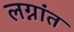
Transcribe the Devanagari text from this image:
लग्नांत